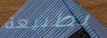
بطبيعة